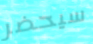
سيحضر